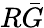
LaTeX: R\bar{G}